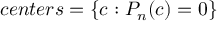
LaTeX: c e n t e r s = \{ c : P _ { n } ( c ) = 0 \}